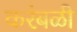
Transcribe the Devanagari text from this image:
करंबळी